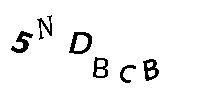
5NDBCB